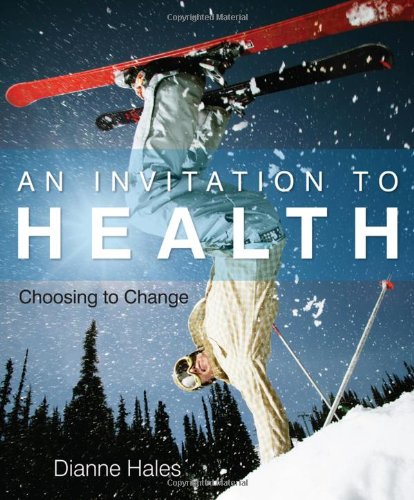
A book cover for An Invitation to Health: Choosing to Change (Available Titles CengageNOW); Dianne Hales; Medical Books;